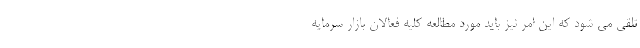
تلقی می شود که این امر نیز باید مورد مطالعه کلیه فعالان بازار سرمایه